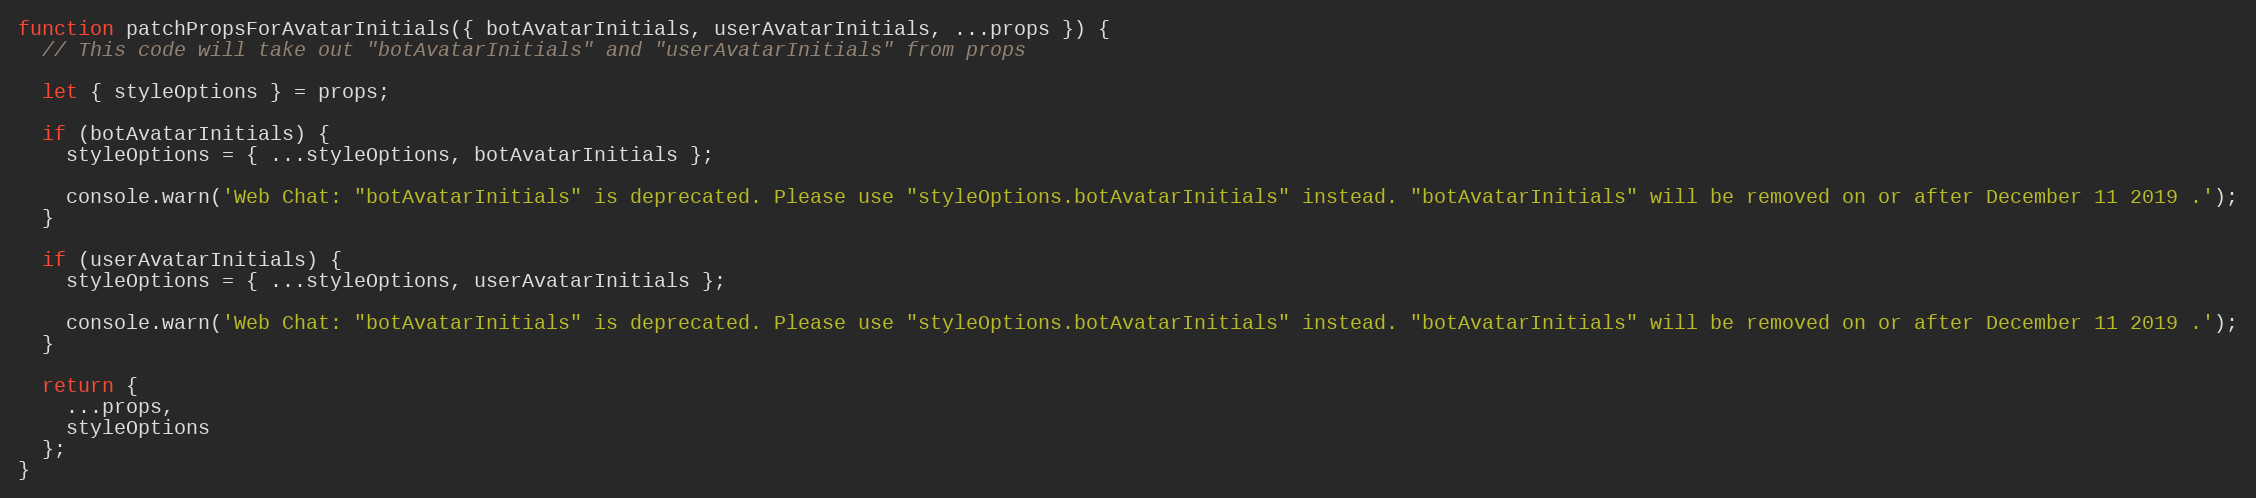
Language: JavaScript
function patchPropsForAvatarInitials({ botAvatarInitials, userAvatarInitials, ...props }) {
  // This code will take out "botAvatarInitials" and "userAvatarInitials" from props

  let { styleOptions } = props;

  if (botAvatarInitials) {
    styleOptions = { ...styleOptions, botAvatarInitials };

    console.warn('Web Chat: "botAvatarInitials" is deprecated. Please use "styleOptions.botAvatarInitials" instead. "botAvatarInitials" will be removed on or after December 11 2019 .');
  }

  if (userAvatarInitials) {
    styleOptions = { ...styleOptions, userAvatarInitials };

    console.warn('Web Chat: "botAvatarInitials" is deprecated. Please use "styleOptions.botAvatarInitials" instead. "botAvatarInitials" will be removed on or after December 11 2019 .');
  }

  return {
    ...props,
    styleOptions
  };
}